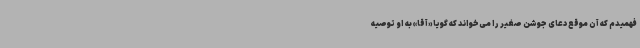
فهمیدم که آن موقع دعای جوشن صغیر را می‌خواند که گویا «آقا» به او توصیه